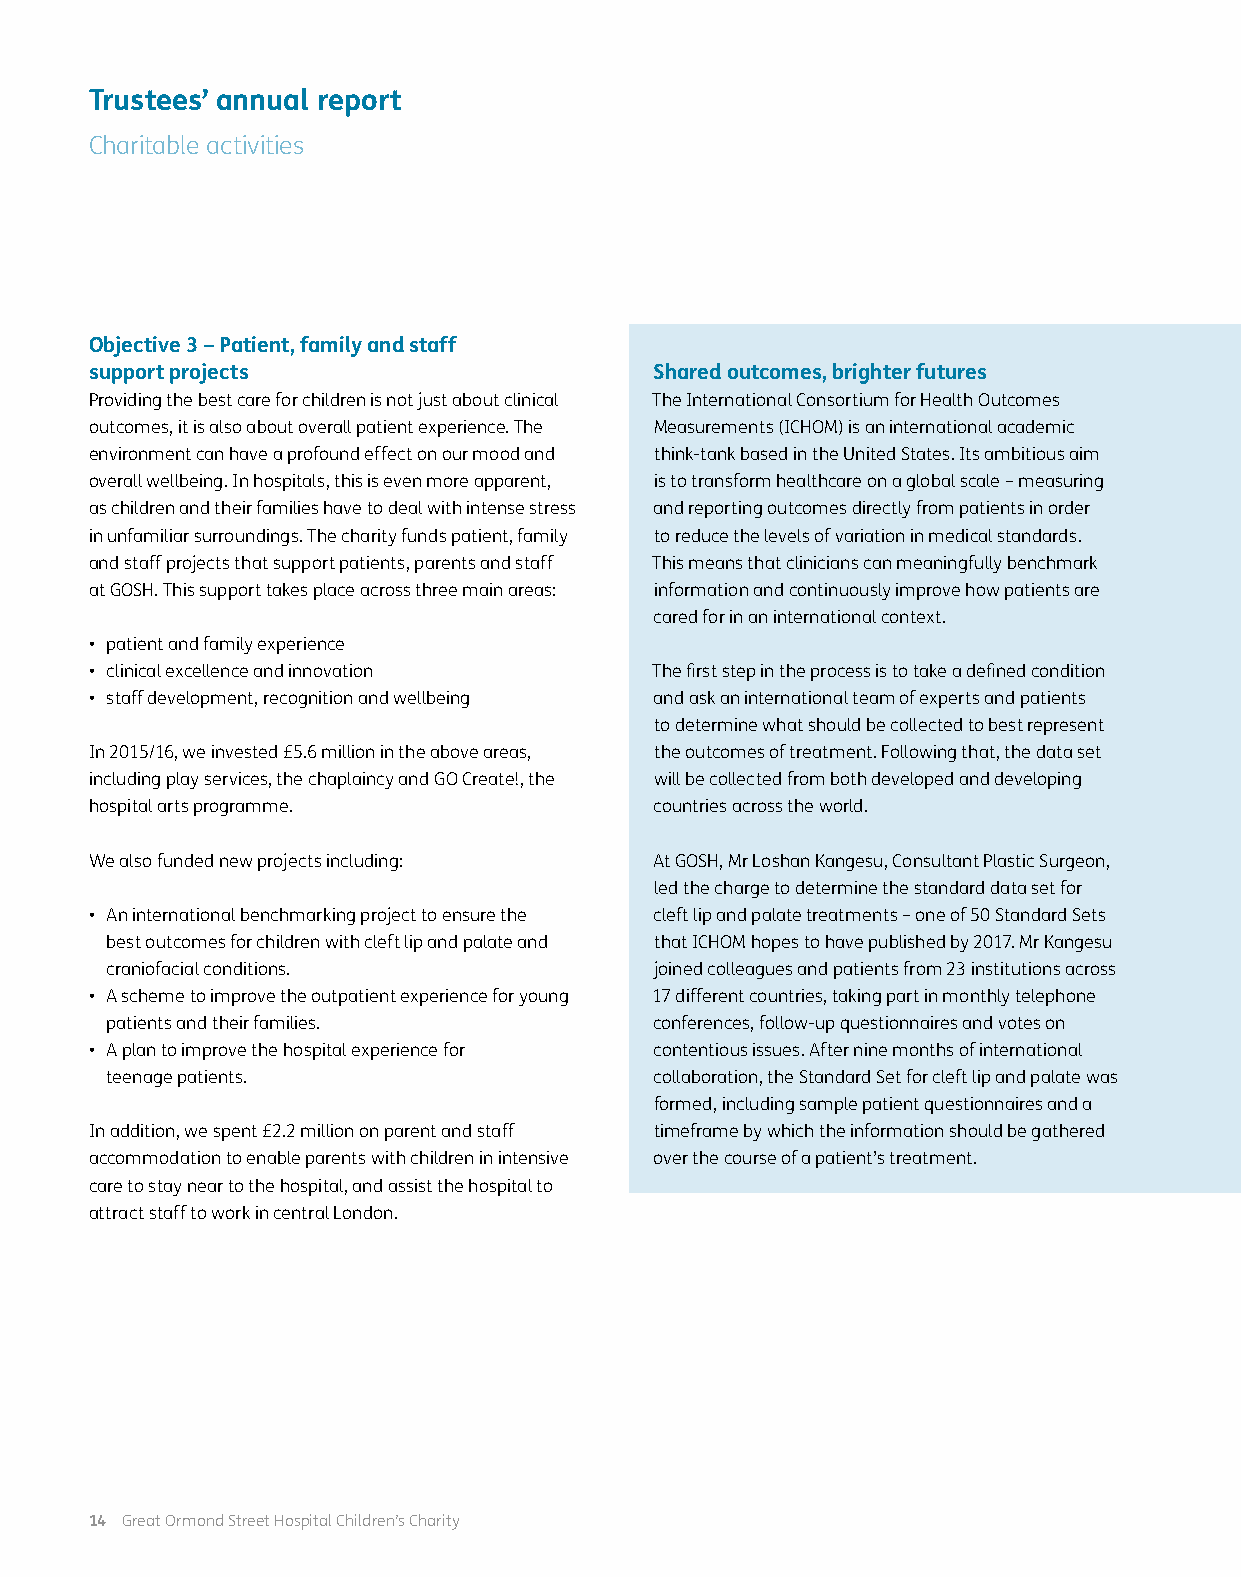
Trustees’ annual report
 Charitable activities
 Objective 3 – Patient, family and staff
 support projects                     Shared outcomes, brighter futures
 Providing the best care for children is not just about clinical The International Consortium for Health Outcomes
 outcomes, it is also about overall patient experience. The Measurements (ICHOM) is an international academic
 environment can have a profound effect on our mood and think-tank based in the United States. Its ambitious aim
 overall wellbeing. In hospitals, this is even more apparent, is to transform healthcare on a global scale – measuring
 as children and their families have to deal with intense stress and reporting outcomes directly from patients in order
 in unfamiliar surroundings. The charity funds patient, family to reduce the levels of variation in medical standards.
 and staff projects that support patients, parents and staff This means that clinicians can meaningfully benchmark
 at GOSH. This support takes place across three main areas: information and continuously improve how patients are
 cared for in an international context.
 • patient and family experience
 • clinical excellence and innovation The first step in the process is to take a defined condition
 • staff development, recognition and wellbeing and ask an international team of experts and patients
 to determine what should be collected to best represent
 In 2015/16, we invested £5.6 million in the above areas, the outcomes of treatment. Following that, the data set
 including play services, the chaplaincy and GO Create!, the will be collected from both developed and developing
 hospital arts programme.             countries across the world.
 We also funded new projects including: At GOSH, Mr Loshan Kangesu, Consultant Plastic Surgeon,
 led the charge to determine the standard data set for
 • An international benchmarking project to ensure the cleft lip and palate treatments – one of 50 Standard Sets
 best outcomes for children with cleft lip and palate and that ICHOM hopes to have published by 2017. Mr Kangesu
 craniofacial conditions.            joined colleagues and patients from 23 institutions across
 • A scheme to improve the outpatient experience for young 17 different countries, taking part in monthly telephone
 patients and their families.        conferences, follow-up questionnaires and votes on
 • A plan to improve the hospital experience for contentious issues. After nine months of international
 teenage patients.                   collaboration, the Standard Set for cleft lip and palate was
 formed, including sample patient questionnaires and a
 In addition, we spent £2.2 million on parent and staff timeframe by which the information should be gathered
 accommodation to enable parents with children in intensive over the course of a patient’s treatment.
 care to stay near to the hospital, and assist the hospital to
 attract staff to work in central London.
 14 Great Ormond Street Hospital Children’s Charity